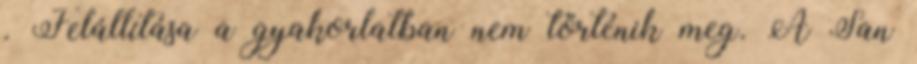
. Felállítása a gyakorlatban nem történik meg. A San